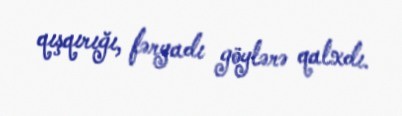
qışqırığı, fəryadı göylərə qalxdı.